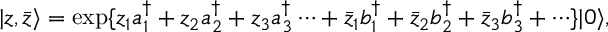
\vert z , \bar { z } \rangle = \exp \{ z _ { 1 } a _ { 1 } ^ { \dagger } + z _ { 2 } a _ { 2 } ^ { \dagger } + z _ { 3 } a _ { 3 } ^ { \dagger } \cdots + \bar { z } _ { 1 } b _ { 1 } ^ { \dagger } + \bar { z } _ { 2 } b _ { 2 } ^ { \dagger } + \bar { z } _ { 3 } b _ { 3 } ^ { \dagger } + \cdots \} \vert 0 \rangle ,